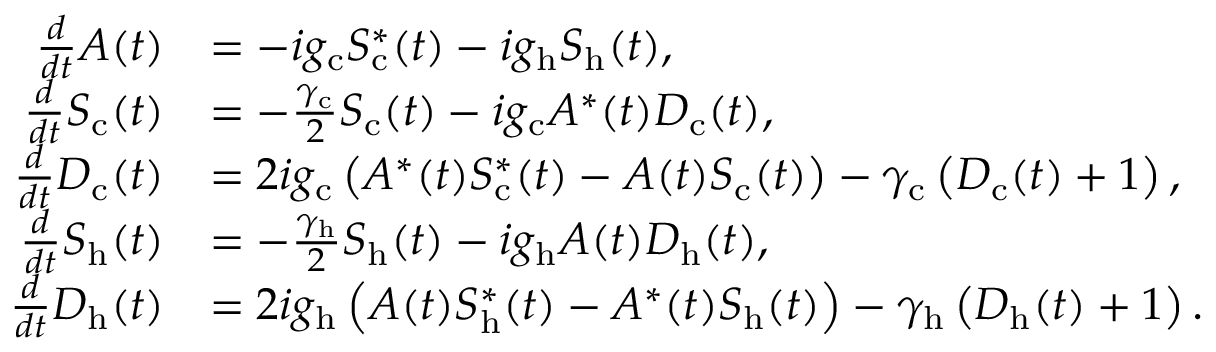
\begin{array} { r l } { \frac { d } { d t } A ( t ) } & { = - i g _ { \mathrm { c } } S _ { \mathrm { c } } ^ { * } ( t ) - i g _ { \mathrm { h } } S _ { \mathrm { h } } ( t ) , } \\ { \frac { d } { d t } S _ { \mathrm { c } } ( t ) } & { = - \frac { \gamma _ { \mathrm { c } } } { 2 } S _ { \mathrm { c } } ( t ) - i g _ { \mathrm { c } } A ^ { * } ( t ) D _ { \mathrm { c } } ( t ) , } \\ { \frac { d } { d t } D _ { \mathrm { c } } ( t ) } & { = 2 i g _ { \mathrm { c } } \left( A ^ { * } ( t ) S _ { \mathrm { c } } ^ { * } ( t ) - A ( t ) S _ { \mathrm { c } } ( t ) \right) - \gamma _ { \mathrm { c } } \left( D _ { \mathrm { c } } ( t ) + 1 \right) , } \\ { \frac { d } { d t } S _ { \mathrm { h } } ( t ) } & { = - \frac { \gamma _ { \mathrm { h } } } { 2 } S _ { \mathrm { h } } ( t ) - i g _ { \mathrm { h } } A ( t ) D _ { \mathrm { h } } ( t ) , } \\ { \frac { d } { d t } D _ { \mathrm { h } } ( t ) } & { = 2 i g _ { \mathrm { h } } \left( A ( t ) S _ { \mathrm { h } } ^ { * } ( t ) - A ^ { * } ( t ) S _ { \mathrm { h } } ( t ) \right) - \gamma _ { \mathrm { h } } \left( D _ { \mathrm { h } } ( t ) + 1 \right) . } \end{array}